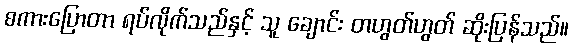
စကားပြောတာ ရပ်လိုက်သည်နှင့် သူ ချောင်း တဟွတ်ဟွတ် ဆိုးပြန်သည်။